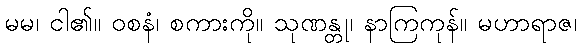
မမ၊ ငါ၏။ ဝစနံ၊ စကားကို။ သုဏန္တု၊ နာကြကုန်။ မဟာရာဇ၊